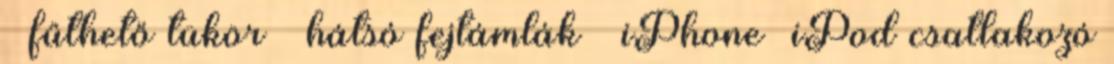
– fűthető tükör – hátsó fejtámlák – iPhone iPod csatlakozó